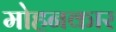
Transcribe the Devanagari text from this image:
मोहनकार